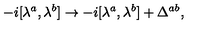
- i [ \lambda ^ { a } , \lambda ^ { b } ] \rightarrow - i [ \lambda ^ { a } , \lambda ^ { b } ] + \Delta ^ { a b } ,